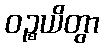
ဝဉ္စယိတွာ